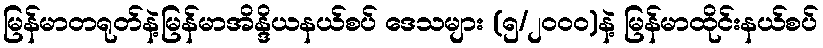
မြန်မာတရုတ်နဲ့မြန်မာအိန္ဒိယနယ်စပ် ဒေသများ (၅/၂၀၀၀)နဲ့ မြန်မာထိုင်းနယ်စပ်